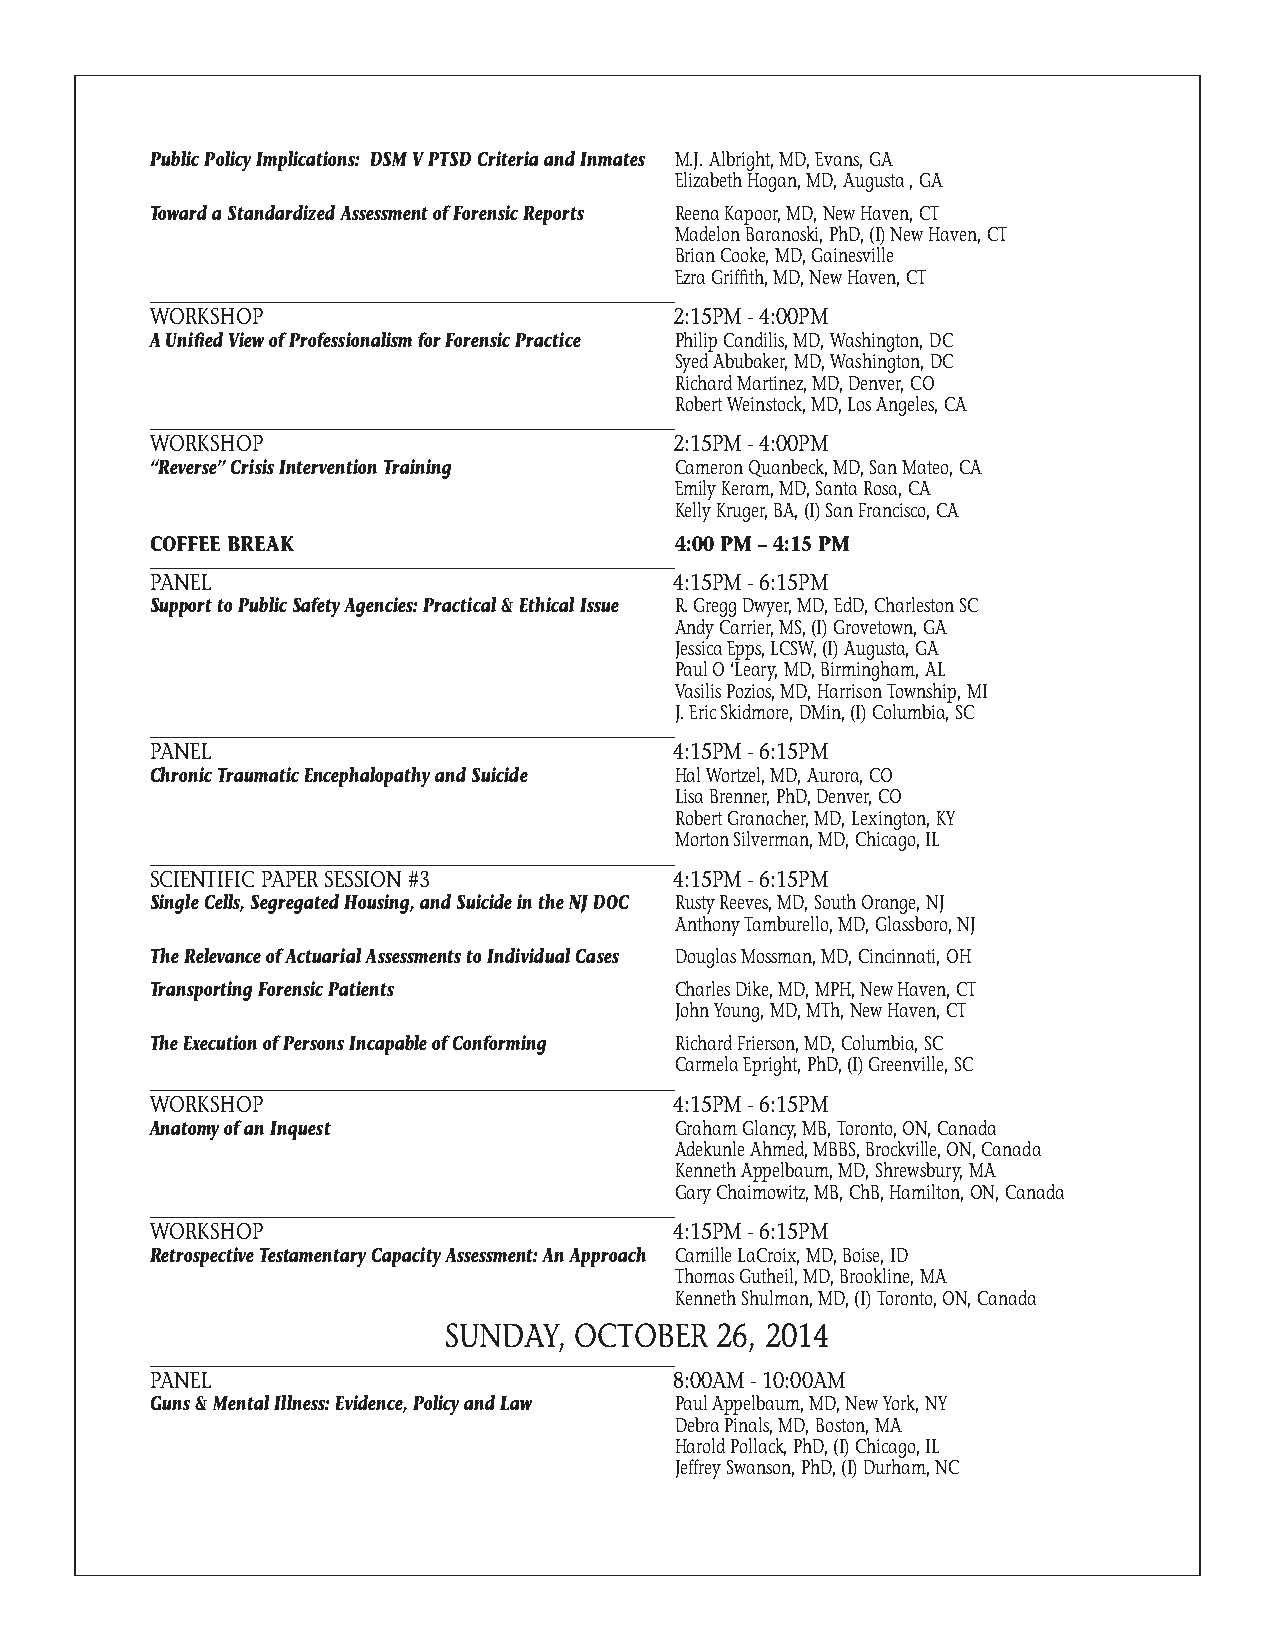
Public Policy Implications: DSM V PTSD Criteria and Inmates M.J. Albright, MD, Evans, GA
 Elizabeth Hogan, MD, Augusta , GA
 Toward a Standardized Assessment of Forensic Reports Reena Kapoor, MD, New Haven, CT
 Madelon Baranoski, PhD, (I) New Haven, CT
 Brian Cooke, MD, Gainesville
 Ezra Griffith, MD, New Haven, CT
 WORKSHOP                           2:15PM - 4:00PM
 A Unified View of Professionalism for Forensic Practice Philip Candilis, MD, Washington, DC
 Syed Abubaker, MD, Washington, DC
 Richard Martinez, MD, Denver, CO
 Robert Weinstock, MD, Los Angeles, CA
 WORKSHOP                           2:15PM - 4:00PM
 “Reverse” Crisis Intervention Training Cameron Quanbeck, MD, San Mateo, CA
 Emily Keram, MD, Santa Rosa, CA
 Kelly Kruger, BA, (I) San Francisco, CA
 COFFEE BREAK                       4:00 PM – 4:15 PM
 PANEL                              4:15PM - 6:15PM
 Support to Public Safety Agencies: Practical & Ethical Issue R. Gregg Dwyer, MD, EdD, Charleston SC
 Andy Carrier, MS, (I) Grovetown, GA
 Jessica Epps, LCSW, (I) Augusta, GA
 Paul O ‘Leary, MD, Birmingham, AL
 Vasilis Pozios, MD, Harrison Township, MI
 J. Eric Skidmore, DMin, (I) Columbia, SC
 PANEL                              4:15PM - 6:15PM
 Chronic Traumatic Encephalopathy and Suicide Hal Wortzel, MD, Aurora, CO
 Lisa Brenner, PhD, Denver, CO
 Robert Granacher, MD, Lexington, KY
 Morton Silverman, MD, Chicago, IL
 SCIENTIFIC PAPER SESSION #3        4:15PM - 6:15PM
 Single Cells, Segregated Housing, and Suicide in the NJ DOC Rusty Reeves, MD, South Orange, NJ
 Anthony Tamburello, MD, Glassboro, NJ
 The Relevance of Actuarial Assessments to Individual Cases Douglas Mossman, MD, Cincinnati, OH
 Transporting Forensic Patients     Charles Dike, MD, MPH, New Haven, CT
 John Young, MD, MTh, New Haven, CT
 The Execution of Persons Incapable of Conforming Richard Frierson, MD, Columbia, SC
 Carmela Epright, PhD, (I) Greenville, SC
 WORKSHOP                           4:15PM - 6:15PM
 Anatomy of an Inquest              Graham Glancy, MB, Toronto, ON, Canada
 Adekunle Ahmed, MBBS, Brockville, ON, Canada
 Kenneth Appelbaum, MD, Shrewsbury, MA
 Gary Chaimowitz, MB, ChB, Hamilton, ON, Canada
 WORKSHOP                           4:15PM - 6:15PM
 Retrospective Testamentary Capacity Assessment: An Approach Camille LaCroix, MD, Boise, ID
 Thomas Gutheil, MD, Brookline, MA
 Kenneth Shulman, MD, (I) Toronto, ON, Canada
 SUNDAY,  OCTOBER  26, 2014
 PANEL                              8:00AM - 10:00AM
 Guns & Mental Illness: Evidence, Policy and Law Paul Appelbaum, MD, New York, NY
 Debra Pinals, MD, Boston, MA
 Harold Pollack, PhD, (I) Chicago, IL
 Jeffrey Swanson, PhD, (I) Durham, NC